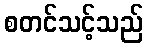
စတင်သင့်သည်